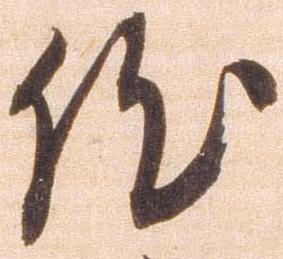
然